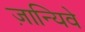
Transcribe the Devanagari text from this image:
ज़ान्यिवे